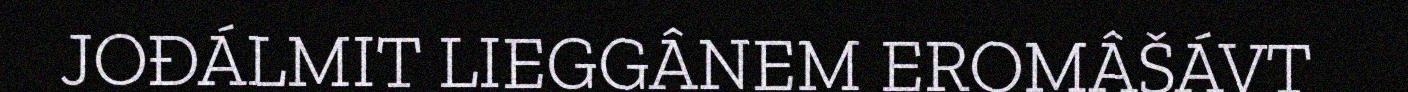
JOĐÁLMIT LIEGGÂNEM EROMÂŠÁVT